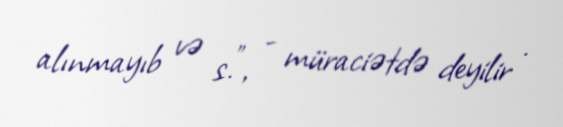
alınmayıb və s.”, - müraciətdə deyilir .